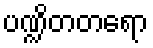
ပဏ္ဍိတတရော